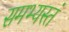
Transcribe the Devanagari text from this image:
समभ्यस्तं